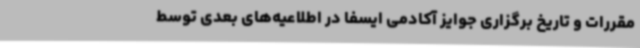
مقررات و تاریخ برگزاری جوایز آکادمی ایسفا در اطلاعیه‌های بعدی توسط